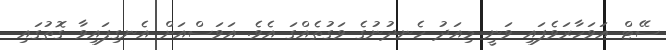
ސޭޓް އަވަހާރަވެފައި ވަނީ މިއަދު ހެނދުނުގެ ވަގުތެއްގަ އެވެ. އަވަސްއަށް އެނގިފައިވާ ގޮތުގައި